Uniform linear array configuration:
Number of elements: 8
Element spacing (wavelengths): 0.75
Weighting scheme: kaiser
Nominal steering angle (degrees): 15
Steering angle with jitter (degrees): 16.339
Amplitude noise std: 0.05
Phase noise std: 0.05

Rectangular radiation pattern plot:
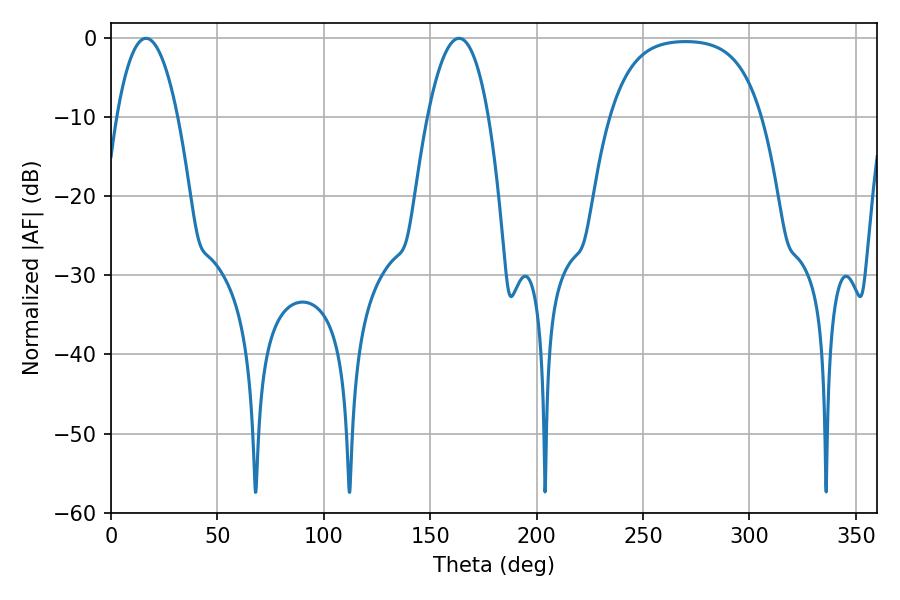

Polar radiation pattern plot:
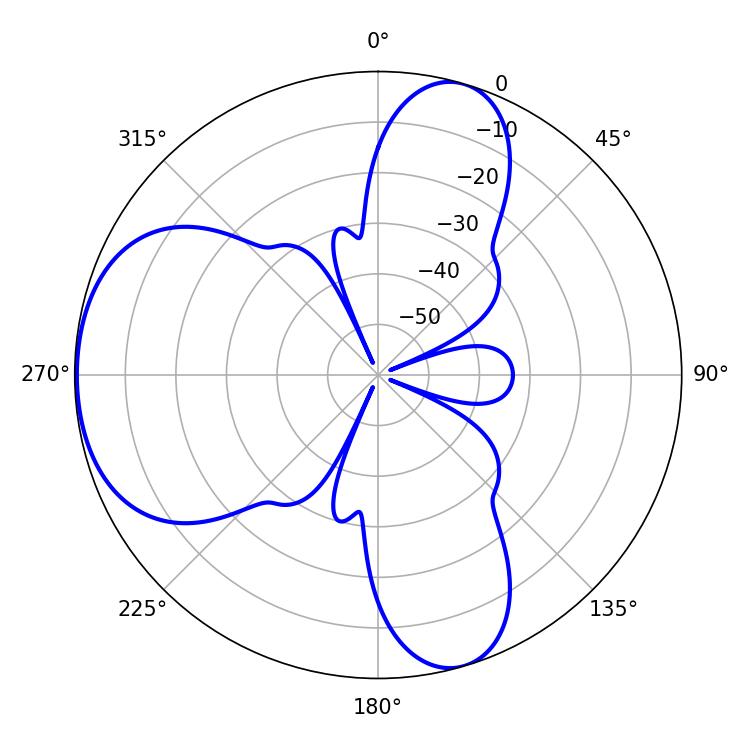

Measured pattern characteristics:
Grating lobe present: TRUE
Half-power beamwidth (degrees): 15.84
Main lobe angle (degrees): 16.38